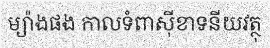
ម្យ៉ាងផង កាលទំពាស៊ីខាទនីយវត្ថុ